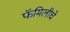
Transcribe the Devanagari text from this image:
फॅमिलीचे